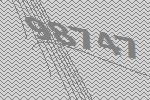
98747